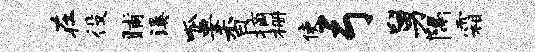
在役晡溪呱要香摘栅使弓舅隔霜